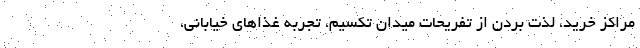
مراکز خرید، لذت بردن از تفریحات میدان تکسیم، تجربه غذاهای خیابانی،